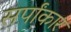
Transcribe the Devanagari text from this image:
सर्पांकार